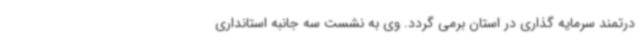
درتمند سرمایه گذاری در استان برمی گردد. وی به نشست سه جانبه استانداری